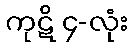
ကုဋိ ၄-လုံး